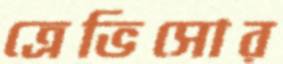
ত্রেভিসোর